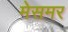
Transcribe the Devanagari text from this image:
मेसमर